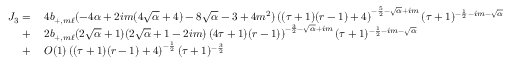
\begin{array} { r l } { J _ { 3 } = } & { \: 4 b _ { + , m \ell } ( - 4 \alpha + 2 i m ( 4 \sqrt { \alpha } + 4 ) - 8 \sqrt { \alpha } - 3 + 4 m ^ { 2 } ) \left( ( \tau + 1 ) ( r - 1 ) + 4 \right) ^ { - \frac { 5 } { 2 } - \sqrt { \alpha } + i m } ( \tau + 1 ) ^ { - \frac { 1 } { 2 } - i m - \sqrt { \alpha } } } \\ { + } & { \: 2 b _ { + , m \ell } ( 2 \sqrt { \alpha } + 1 ) ( 2 \sqrt { \alpha } + 1 - 2 i m ) \left( 4 \tau + 1 ) ( r - 1 ) \right) ^ { - \frac { 3 } { 2 } - \sqrt { \alpha } + i m } ( \tau + 1 ) ^ { - \frac { 1 } { 2 } - i m - \sqrt { \alpha } } } \\ { + } & { \: O ( 1 ) \left( ( \tau + 1 ) ( r - 1 ) + 4 \right) ^ { - \frac { 1 } { 2 } } ( \tau + 1 ) ^ { - \frac { 3 } { 2 } } } \end{array}